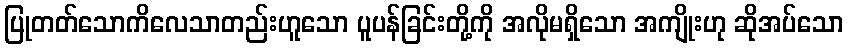
ပြုတတ်သောကိလေသာတည်းဟူသော ပူပန်ခြင်းတို့ကို အလိုမရှိသော အကျိုးဟု ဆိုအပ်သော